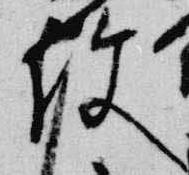
使